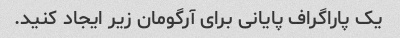
یک پاراگراف پایانی برای آرگومان زیر ایجاد کنید.